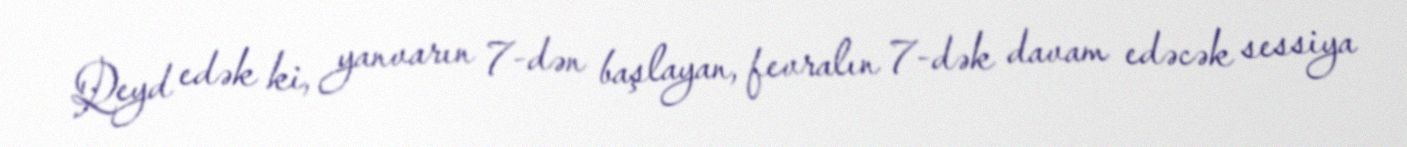
Qeyd edək ki, yanvarın 7-dən başlayan, fevralın 7-dək davam edəcək sessiya